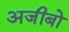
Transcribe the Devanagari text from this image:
अजीबो